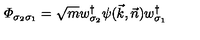
{ \mit \Phi } _ { \sigma _ { 2 } \sigma _ { 1 } } = \sqrt { m } w _ { \sigma _ { 2 } } ^ { \dagger } \psi ( \vec { k } , \vec { n } ) w _ { \sigma _ { 1 } } ^ { \dagger }